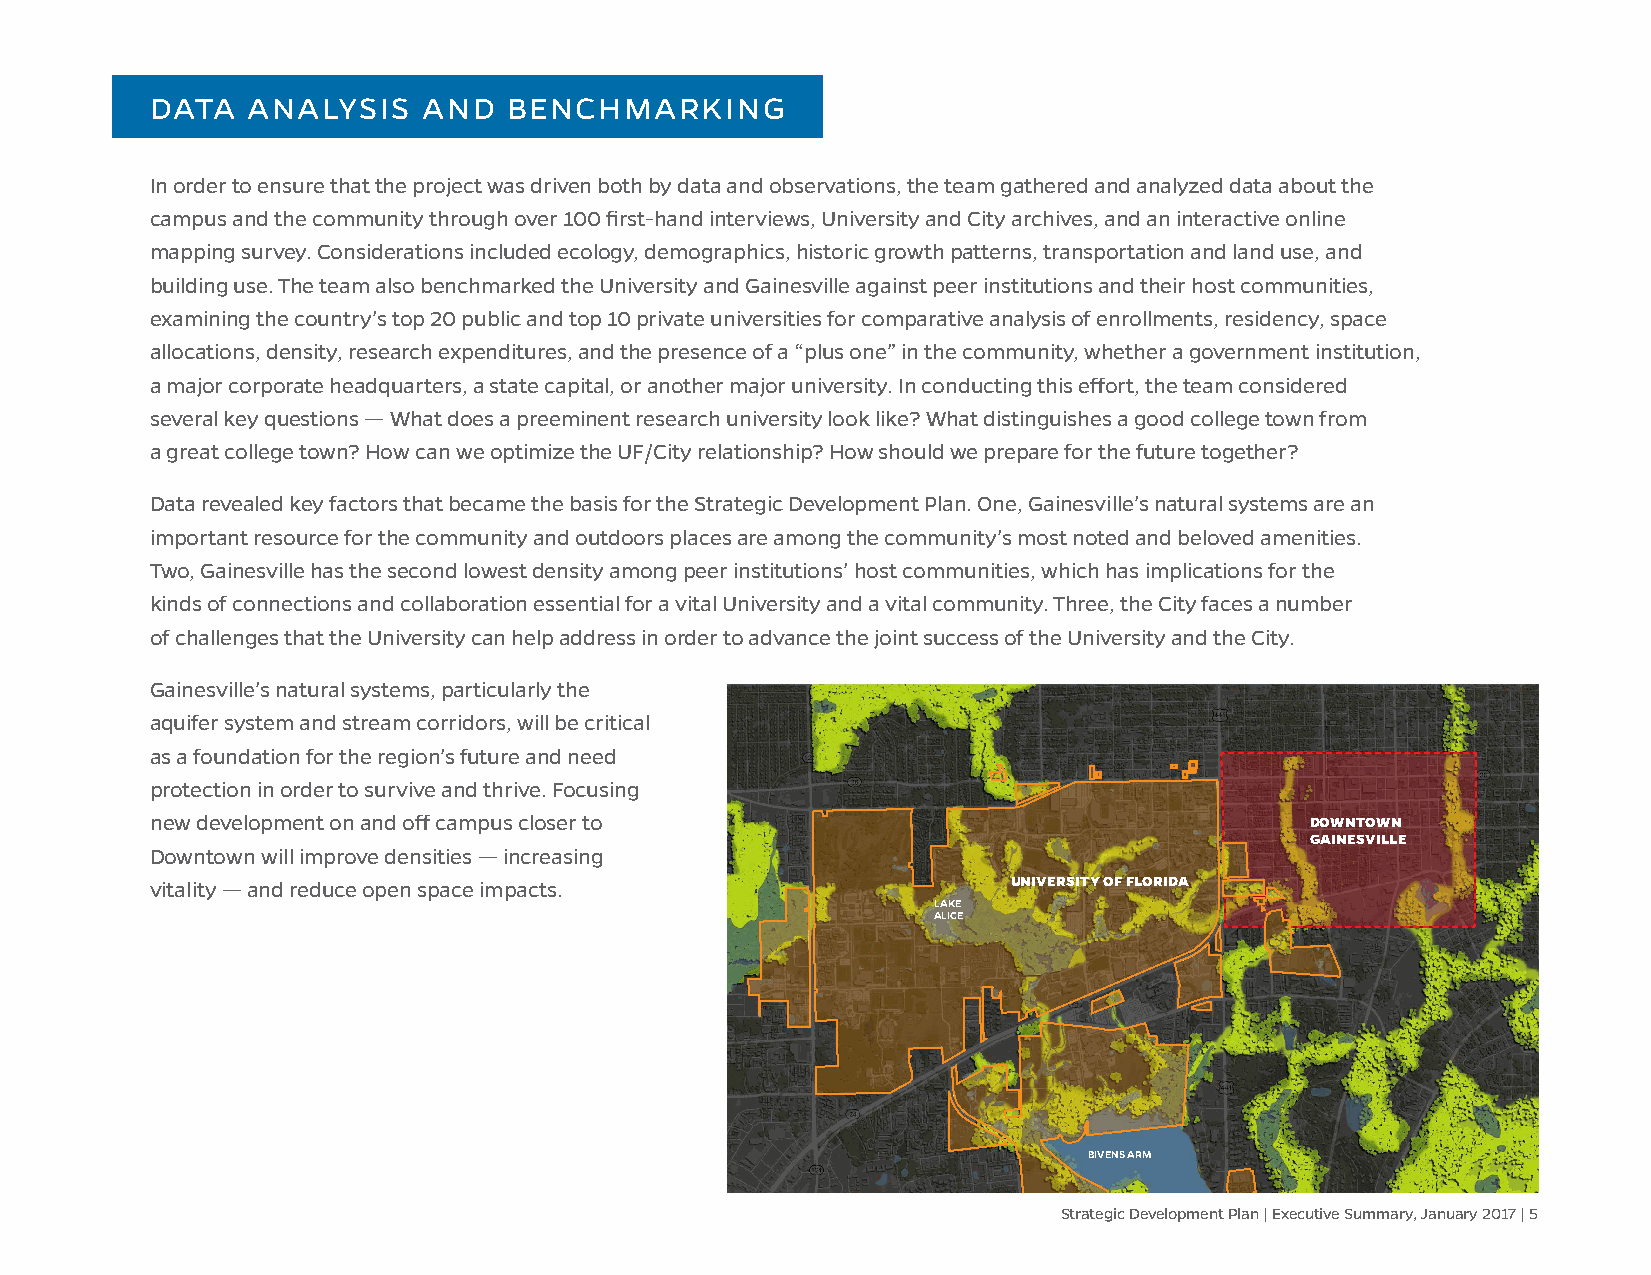
DATA  ANALYSIS    AND   BENCHMARKING
 In order to ensure that the project was driven both by data and observations, the team gathered and analyzed data about the
 campus and the community through over 100 first-hand interviews, University and City archives, and an interactive online
 mapping survey. Considerations included ecology, demographics, historic growth patterns, transportation and land use, and
 building use. The team also benchmarked the University and Gainesville against peer institutions and their host communities,
 examining the country’s top 20 public and top 10 private universities for comparative analysis of enrollments, residency, space
 allocations, density, research expenditures, and the presence of a “plus one” in the community, whether a government institution,
 a major corporate headquarters, a state capital, or another major university. In conducting this effort, the team considered
 several key questions — What does a preeminent research university look like? What distinguishes a good college town from
 a great college town? How can we optimize the UF/City relationship? How should we prepare for the future together?
 Data revealed key factors that became the basis for the Strategic Development Plan. One, Gainesville’s natural systems are an
 important resource for the community and outdoors places are among the community’s most noted and beloved amenities.
 Two, Gainesville has the second lowest density among peer institutions’ host communities, which has implications for the
 kinds of connections and collaboration essential for a vital University and a vital community. Three, the City faces a number
 of challenges that the University can help address in order to advance the joint success of the University and the City.
 Gainesville’s natural systems, particularly the
 aquifer system and stream corridors, will be critical
 as a foundation for the region’s future and need
 protection in order to survive and thrive. Focusing
 new development on and off campus closer to                                  DOWNTOWN
 GAINESVILLE
 Downtown will improve densities — increasing
 vitality — and reduce open space impacts.                UNIVERSITY OF FLORIDA
 LAKE
 ALICE
 BIVENS ARM
 Strategic Development Plan | Executive Summary, January 2017 | 5